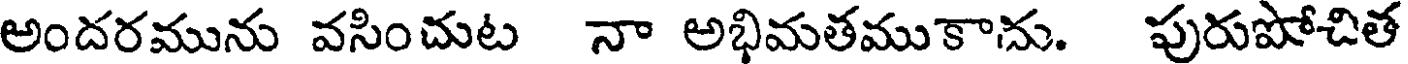
అందరమును వసించుట నా అభిమతముకాను. పురుపోచిత